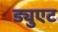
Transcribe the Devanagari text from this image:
ड्युएट